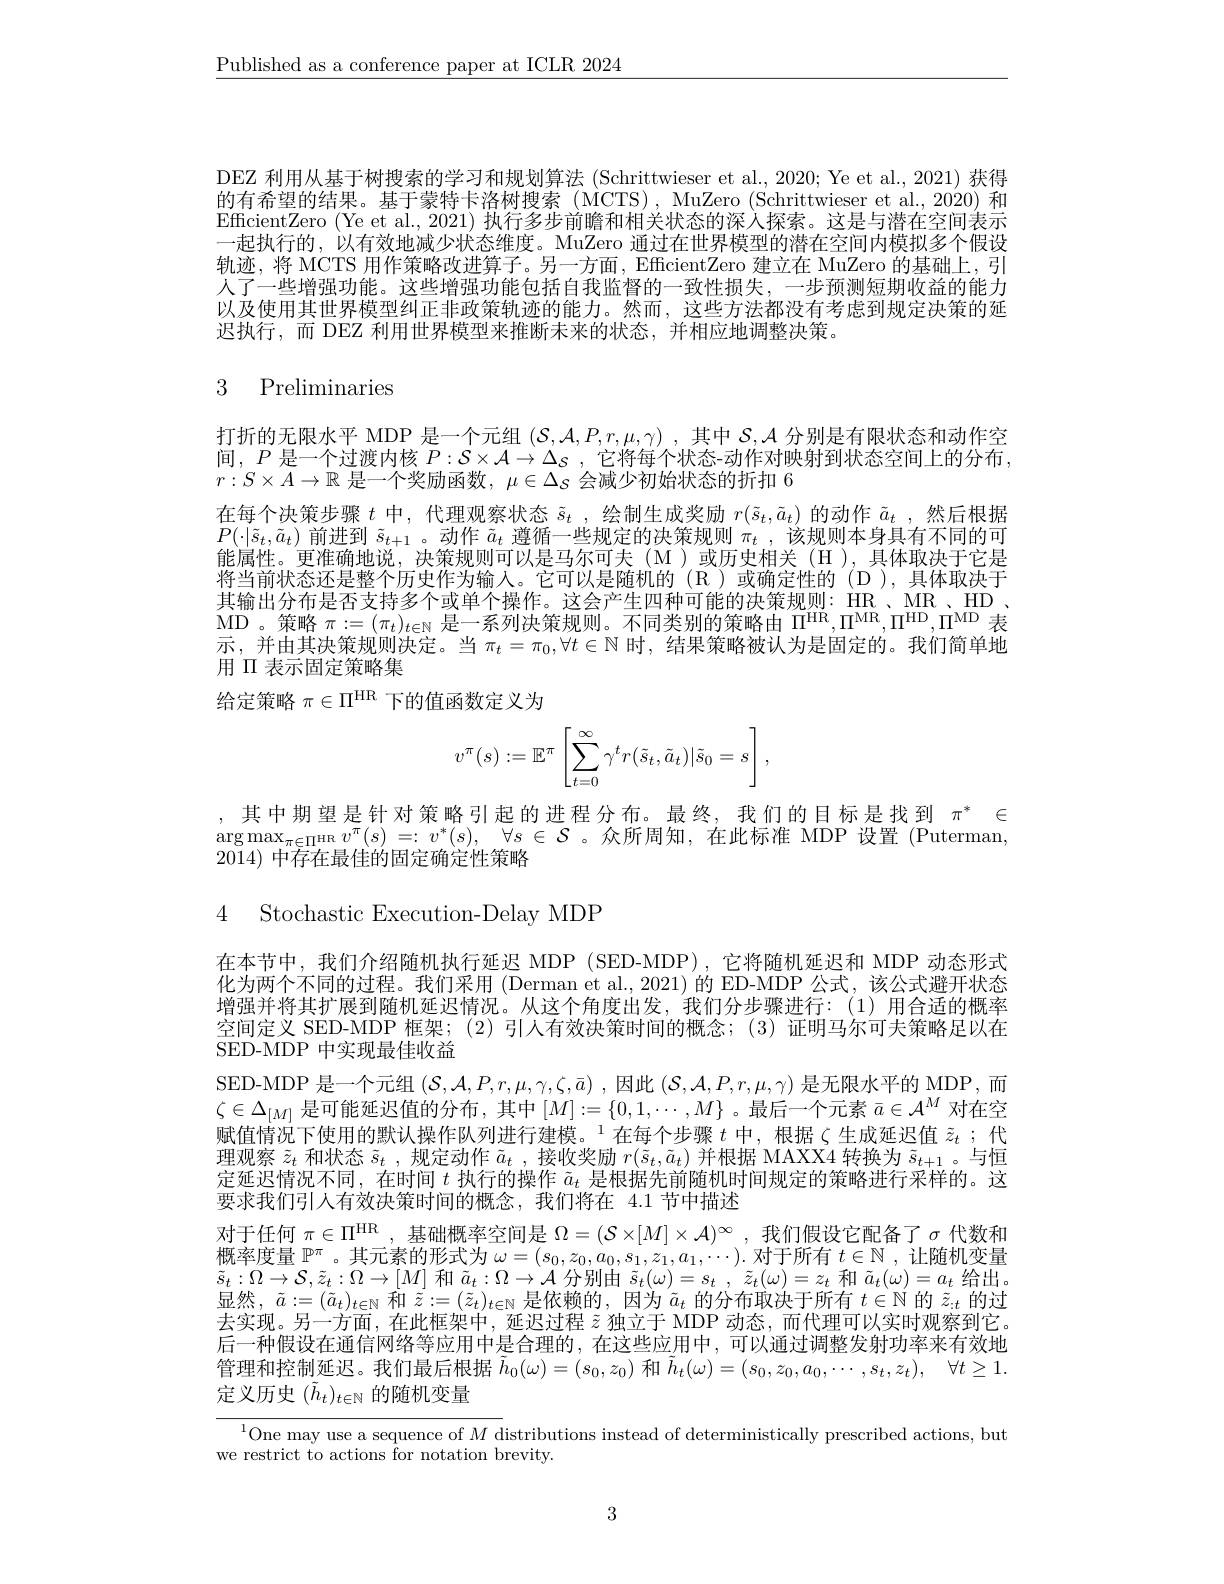
$\underline{\text{Published as a conference paper at ICLR 2024}}$

DEZ 利用从基于树搜索的学习和规划算法 (Schrittwieser et al., 2020; Ye et al., 2021) 获得的有希望的结果。基于蒙特卡洛树搜索 (MCTS), MuZero (Schrittwieser et al., 2020) 和EfficientZero (Ye et al., 2021) 执行多步前瞻和相关状态的深入探索。这是与潜在空间表示一起执行的，以有效地减少状态维度。MuZero 通过在世界模型的潜在空间内模拟多个假设轨迹，将 MCTS 用作策略改进算子。另一方面，EfficientZero 建立在 MuZero 的基础上，引人了一些增强功能。这些增强功能包括自我监督的一致性损失，一步预测短期收益的能力以及使用其世界模型纠正非政策轨迹的能力。然而，这些方法都没有考虑到规定决策的延迟执行，而 DEZ 利用世界模型来推断未来的状态，并相应地调整决策。

# 3 Preliminaries

打折的无限水平 MDP 是一个元组$(\mathcal{S},\mathcal{A},\mathcal{A},\mathcal{P},r,\mu,\gamma)$ ,其中$\mathcal{S},\mathcal{A}$分别是有限状态和动作空间，$P$是一个过渡内核$P: \mathcal{S} \times \mathcal{A} \to \Delta _S$ , 它将每个状态-动作对映射到状态空间上的分布$r:S\times A\to\mathbb{R}$是一个奖励函数，$\mu\in\Delta_S$会减少初始状态的折扣 6
在每个决策步骤$t$中，代理观察状态$\tilde{s}_t$ ,绘制生成奖励$r(\tilde{s}_t,\tilde{a}_t)$的动作$\tilde{a}_t$ ,然后根据$P(\cdot|\tilde{s}_t,\tilde{a}_t)$前进到$\tilde{s}_t+1$ 。动作$\tilde{a}_t$遵循一些规定的决策规则$\pi_t$ ,该规则本身具有不同的可能属性。更准确地说，决策规则可以是马尔可夫(M)或历史相关(H).具体取决干它是将当前状态还是整个历史作为输人。它可以是随机的(R)或确定性的(D),具体取决于其输出分布是否支持多个或单个操作。这会产生四种可能的决策规则：HR、MR、HD、 MD 。策 略 $\pi$: = ( $\pi _t) _{t\in \mathbb{N} }$ 是 一 系 列 决 策 规 则 。不 同 类 别 的 策 略 由 $\Pi ^\mathrm{HR}$, $\Pi ^\mathrm{MR}$, $\Pi ^\mathrm{HD}$, $\Pi ^\mathrm{MD}$ 表 示，并由其决策规则决定。当$\pi_t=\pi_0,\forall t\in\mathbb{N}$时，结果策略被认为是固定的。我们简单地用$\Pi$表示固定策略集
给定策略$\pi\in\Pi^\mathrm{HR}$下的值函数定义为
$$v^\pi(s):=\mathbb{E}^\pi\left[\sum_{t=0}^\infty\gamma^tr(\tilde{s}_t,\tilde{a}_t)|\tilde{s}_0=s\right],$$
,其中期望是针对策略引起的进程分布。最终，我们的目标是找到$\pi^*\in$ $\arg \max _{\pi \in \Pi ^{\mathrm{HR}}}v^{\pi }( s) = : v^{* }( s) $, $\forall s\in \mathcal{S}$。众所周知，在此标准 MDP 设置 (Puterman 2014)中存在最佳的固定确定性策略

4 ${\mathrm{Stochastic~Execution- Delay~MDP}}$

在本节中，我们介绍随机执行延迟 MDP (SED-MDP),它将随机延迟和 MDP 动态形式化为两个不同的过程。我们采用 (Derman et al.,2021) 的 ED-MDP 公式，该公式避开状态增强并将其扩展到随机延迟情况。从这个角度出发，我们分步骤进行：(1)用合适的概率空间定义 SED-MDP 框架；(2)引人有效决策时间的概念；(3)证明马尔可夫策略足以在SED-MDP 中实现最佳收益
SED-MDP 是一个元组$(\mathcal{S},\mathcal{A},P,r,\mu,\gamma,\zeta,\bar{a})$ ,因此$(\mathcal{S},\mathcal{A},P,r,\mu,\gamma)$是无限水平的 MDP,而$\zeta\in\Delta_{[M]}$是可能延迟值的分布，其中$\left[M\right]:=\{0,1,\cdots,M\}$。最后一个元素$\bar{a}\in\mathcal{A}^M$对在空赋值情况下使用的默认操作队列进行建模。$^{1}$在每个步骤 $t$ 中，根据$\zeta$ 生成延迟值 $\tilde{z}_t$ ;代理观察$\tilde{z}_t$和状态$\tilde{s}_t$,规定动作$\tilde{a}_t$,接收奖励$r(\tilde{s}_t,\tilde{a}_t)$并根据 MAXX4 转换为$\tilde{s}_t+1$ 。与恒定延迟情况不同，在时间$t$执行的操作$\tilde{a}_t$是根据先前随机时间规定的策略进行采样的。这要求我们引人有效决策时间的概念，我们将在 4.1 节中描述
对于任何$\pi\in\Pi^\mathrm{HR}$,基础概率空间是$\Omega=(\mathcal{S}\times[M]\times\mathcal{A})^\infty$,我们假设它配备了$\sigma$代数和概率度量$\mathbb{P}^\pi$。其元素的形式为$\omega=(s_0,z_0,a_0,s_1,z_1,a_1,\cdots).$对于所有$t\in\mathbb{N}$,让随机变量$\tilde{s}_{t}:\Omega\to\mathcal{S},\tilde{z}_{t}:\Omega\to[M]$和$\tilde{a}_t:\Omega\to\mathcal{A}$分别由$\tilde{s} _t( \omega ) = s_t$ $, \tilde{z} _t( \omega ) = z_t$和$\tilde{a}_t(\omega)=a_t$给出。显然，$\tilde{a}:=(\tilde{a}_t)_{t\in\mathbb{N}}$和$\tilde{z}:=(\tilde{z}_t)_{t\in\mathbb{N}}$是依赖的，因为$\tilde{a}_t$的分布取决于所有$t\in\mathbb{N}$的$\tilde{z}_:t$的过去实现。另一方面，在此框架中，延迟过程$\tilde{z}$独立于 MDP 动态，而代理可以实时观察到它。后一种假设在通信网络等应用中是合理的，在这些应用中，可以通过调整发射功率来有效地管理和控制延迟。我们最后根据$\tilde{h}_0(\omega)=(s_0,z_0)$和$\tilde{h} _t( \omega ) = ( s_0, z_0, a_0, \cdots , s_t, z_t) $, $\forall t\geq 1.$ 定义历史$(\vec{h}_t)_{t\in\mathbb{N}}$的随机变量
$^{1}$One may use a sequence of $M$ distributions instead of deterministically prescribed actions, but

we restrict to actions for notation brevity.

3